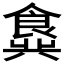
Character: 𬲖